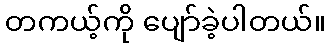
တကယ့်ကို ပျော်ခဲ့ပါတယ်။